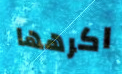
اكرهها